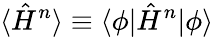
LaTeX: \langle\hat{H}^{n}\rangle\equiv\langle\phi|\hat{H}^{n}|\phi\rangle